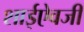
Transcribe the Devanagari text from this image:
शाईऐवजी